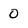
Character: 0